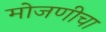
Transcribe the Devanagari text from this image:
मोजणीचा